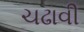
ચઢાવી